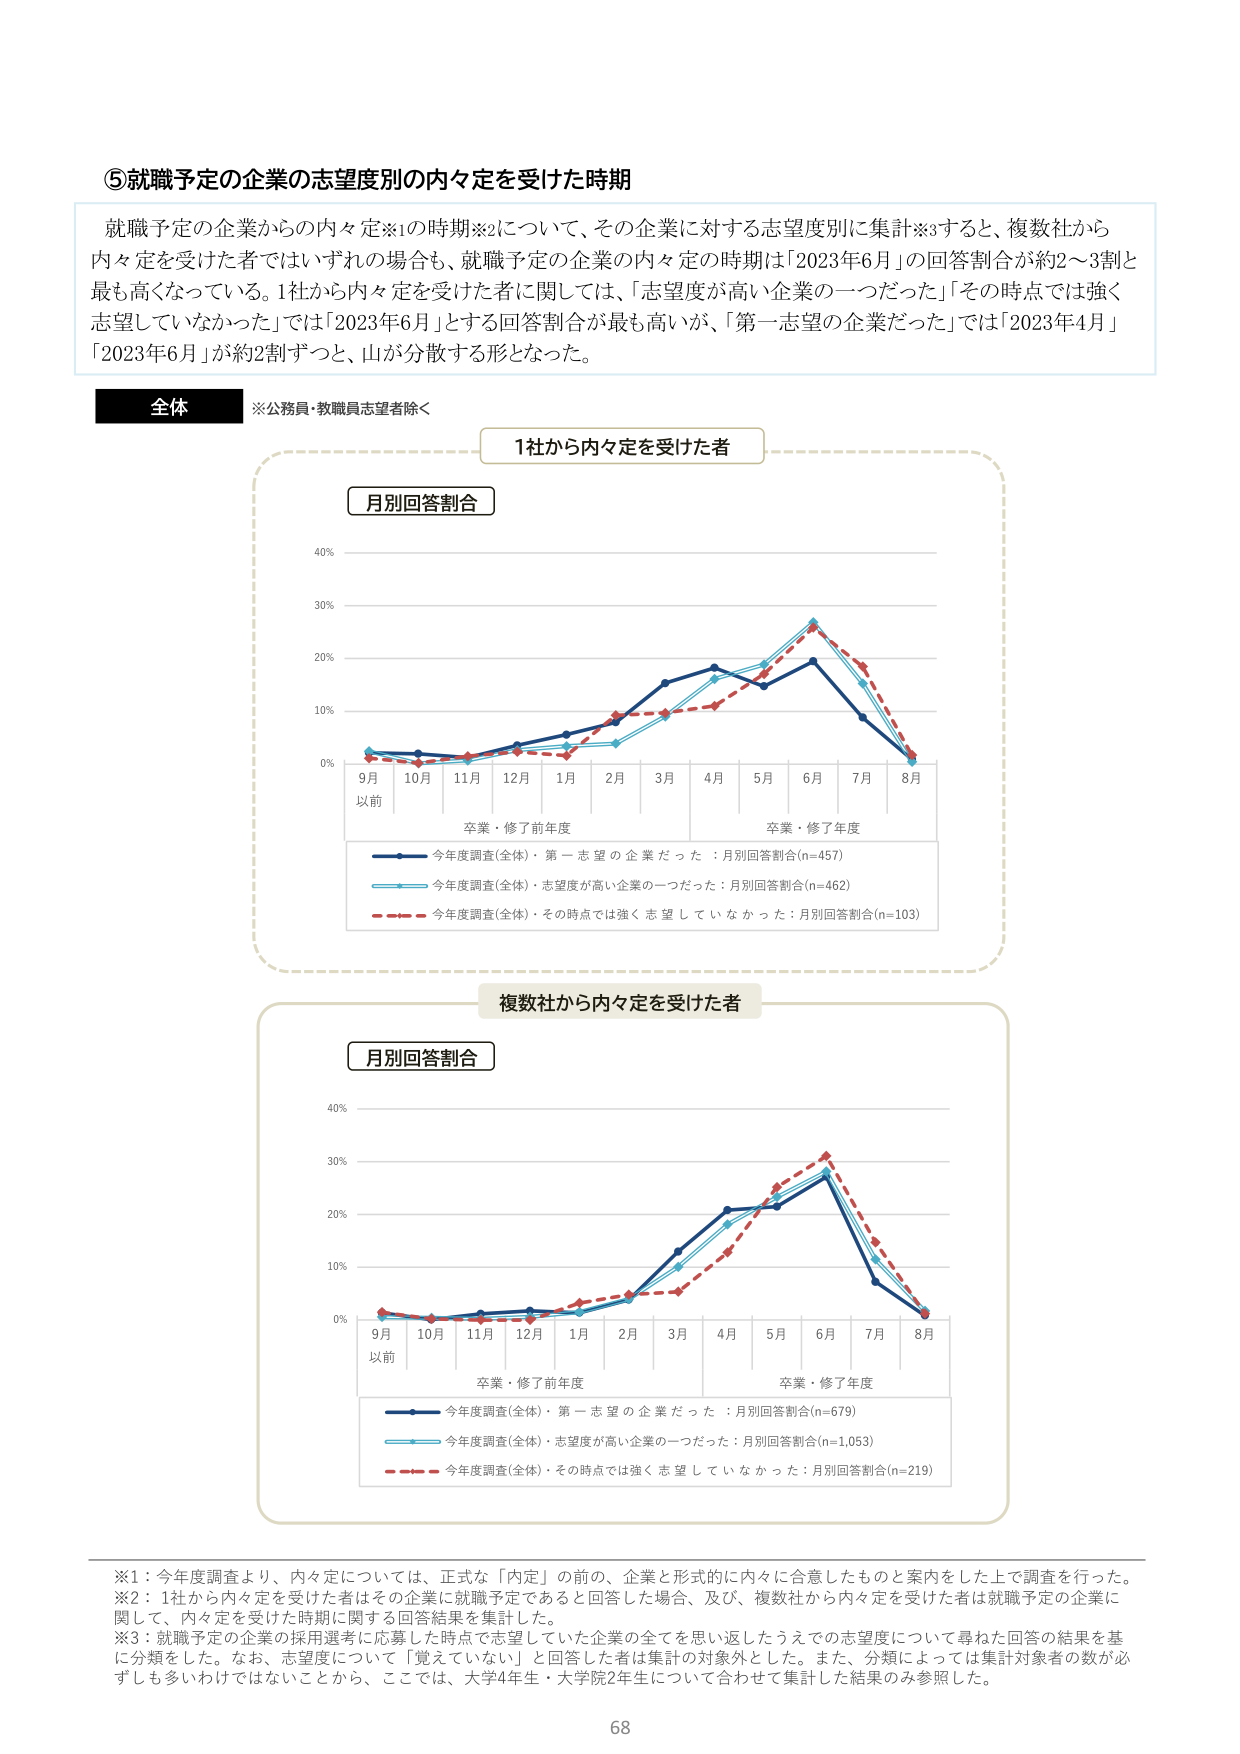
⑤就職予定の企業の志望度別の内々定を受けた時期

就職予定の企業からの内々定※1の時期※2について、その企業に対する志望度別に集計※3すると、複数社から内々定を受けた者ではいずれの場合も、就職予定の企業の内々定の時期は「2023年6月」の回答割合が約2～3割と最も高くなっている。1社から内々定を受けた者に関しては、「志望度が高い企業の一つだった」「その時点では強く志望していなかった」では「2023年6月」とする回答割合が最も高いが、「第一志望の企業だった」では「2023年4月」「2023年6月」が約2割ずつと、山が分散する形となった。

全体
※公務員・教職員志望者除く

1社から内々定を受けた者

月別回答割合

9月以前 10月 11月 12月 1月 2月 3月 4月 5月 6月 7月 8月
卒業・修了前年度 卒業・修了年度

今年度調査(全体)・第一志望の企業だった：月別回答割合(n=457)
今年度調査(全体)・志望度が高い企業の一つだった：月別回答割合(n=462)
今年度調査(全体)・その時点では強く志望していなかった：月別回答割合(n=103)

複数社から内々定を受けた者

月別回答割合

9月以前 10月 11月 12月 1月 2月 3月 4月 5月 6月 7月 8月
卒業・修了前年度 卒業・修了年度

今年度調査(全体)・第一志望の企業だった：月別回答割合(n=679)
今年度調査(全体)・志望度が高い企業の一つだった：月別回答割合(n=1,053)
今年度調査(全体)・その時点では強く志望していなかった：月別回答割合(n=219)

※1：今年度調査より、内々定については、正式な「内定」の前の、企業と形式的に内々に合意したものと案内をした上で調査を行った。
※2：1社から内々定を受けた者はその企業に就職予定であると回答した場合、及び、複数社から内々定を受けた者は就職予定の企業に関して、内々定を受けた時期に関する回答結果を集計した。
※3：就職予定の企業の採用選考に応募した時点で志望していた企業の全てを思い返したうえでの志望度について尋ねた回答の結果を基に分類をした。なお、志望度について「覚えていない」と回答した者は集計の対象外とした。また、分類によっては集計対象者の数が必ずしも多いわけではないことから、ここでは、大学4年生・大学院2年生について合わせて集計した結果のみ参照した。

68